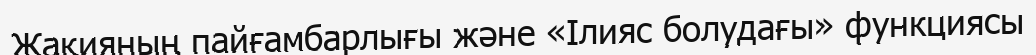
Жақияның пайғамбарлығы және «Ілияс болудағы» функциясы